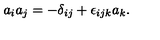
a _ { i } a _ { j } = - \delta _ { i j } + \epsilon _ { i j k } a _ { k } .